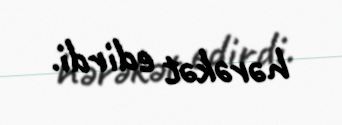
hərəkət edirdi.